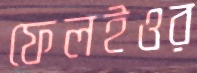
ফেলইওর